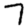
Digit: 7